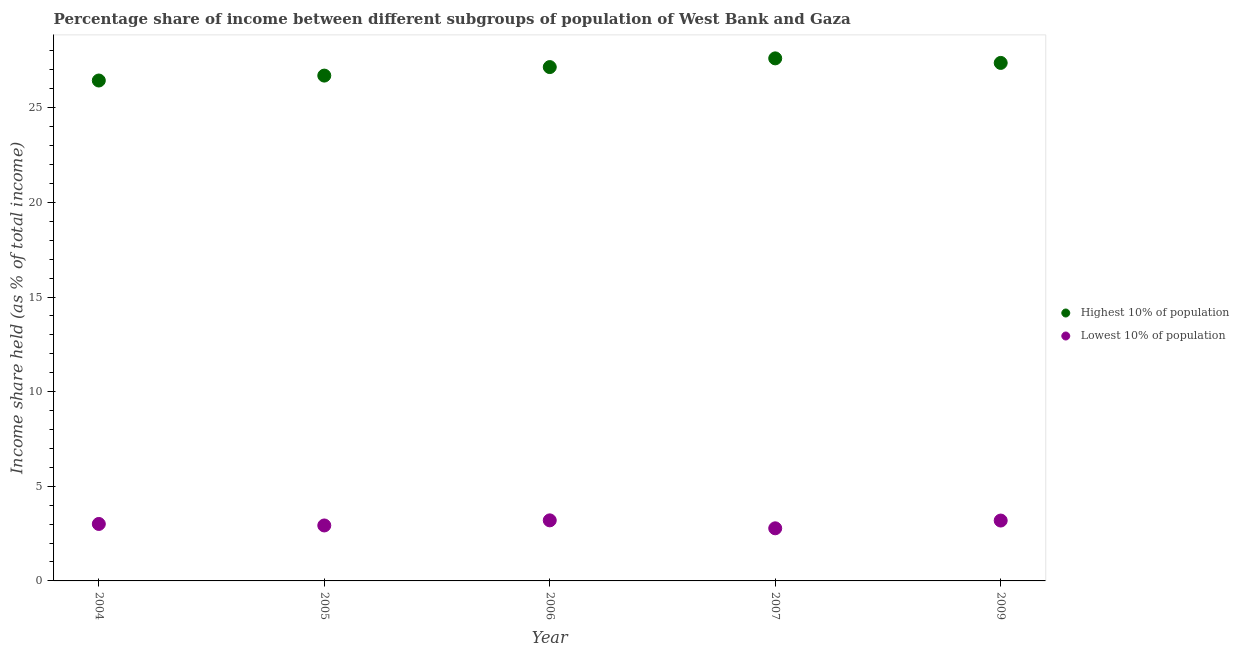
| Year | Highest 10% of population | Lowest 10% of population |
 | --- | --- | --- |
 | 2004 | 26.4 | 3.01 |
 | 2005 | 26.7 | 2.93 |
 | 2006 | 27.1 | 3.2 |
 | 2007 | 27.6 | 2.78 |
 | 2009 | 27.4 | 3.19 |